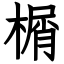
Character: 榍